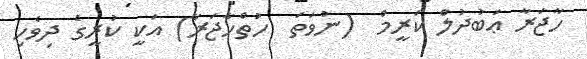
ހާޖަރާ ޢަބުދުލް ކަރީމް  (ނުވަތަ  ހުތްހާޖަރާ) އަކީ ކުރީގެ ދިވެހި